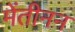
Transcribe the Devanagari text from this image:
मेंतीनन